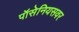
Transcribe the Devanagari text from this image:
पॉसेनियसवर